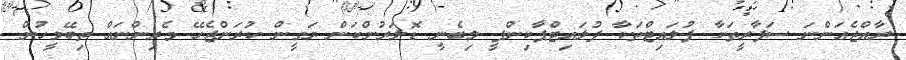
ރާއްޖެއަންނަ ސަފާރީތަކާ ފުލައިޓްތަކާ ފުލައިޓްޕާކިންފީ ލިބެނީ ޑޮލަރުންކަން ޔަގީން ކުރަންޖެހޭ ވެރިންނައް ތިބޭމީހުން